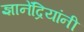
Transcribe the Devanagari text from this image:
ज्ञानेंद्रियांनी